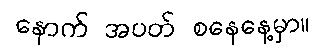
နောက် အပတ် စနေနေ့မှာ။